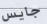
جايس